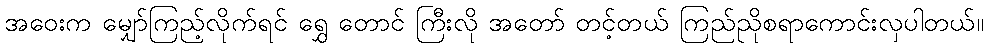
အဝေးက မျှော်ကြည့်လိုက်ရင် ရွှေ တောင် ကြီးလို အတော် တင့်တယ် ကြည်ညိုစရာကောင်းလှပါတယ်။